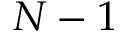
N - 1